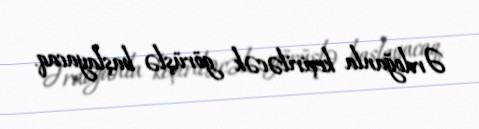
Ərdoğanla keçiriləcək görüşlə başlayacaq.